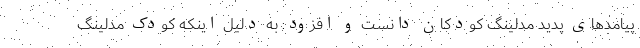
پیامدهای پدید مدلینگ کودکان دانست و افزود: به دلیل اینکه کودک مدلینگ